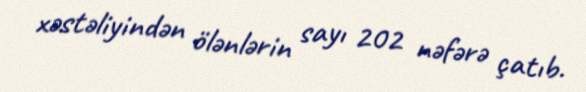
xəstəliyindən ölənlərin sayı 202 nəfərə çatıb.